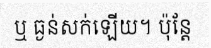
ឬ ធ្ងន់សក់ឡើយ។ ប៉ុន្តែ